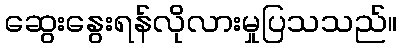
ဆွေးနွေးရန်လိုလားမှုပြသသည်။